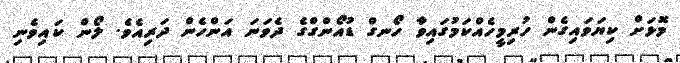
މޮޅަށް ކިޔަވައިގެން ހުރިމީހެއްކަމުގައިވާ ހޯނގް ޑުއޯންގްގެ ދެވަނަ އަންހެން ދަރިއެވެ. ލޯން ކައިވެނި